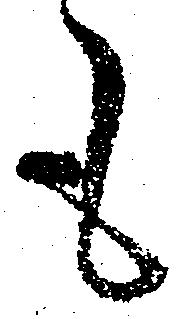
も